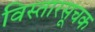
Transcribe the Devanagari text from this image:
विस्तारसूचक